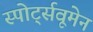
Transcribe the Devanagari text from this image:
स्पोर्ट्सवूमेन